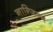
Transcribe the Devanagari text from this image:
नान्जिन्ग